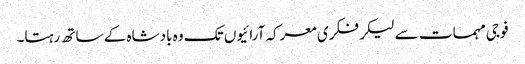
فوجی مہمات سے لیکر فکری معرکہ آرائیوں تک وہ بادشاہ کے ساتھ رہتا۔